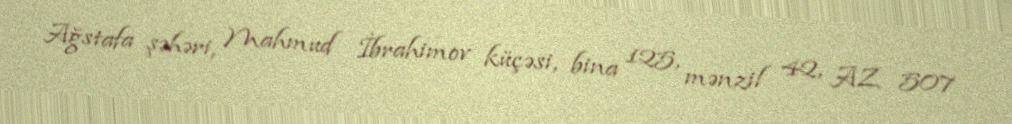
Ağstafa şəhəri, Mahmud İbrahimov küçəsi, bina 125, mənzil 42, AZ 507